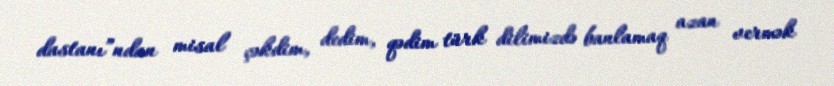
dastanı”ndan misal çəkdim, dedim, qədim türk dilimizdə banlamaq azan vermək